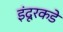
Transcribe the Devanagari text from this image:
इंदूरकडे